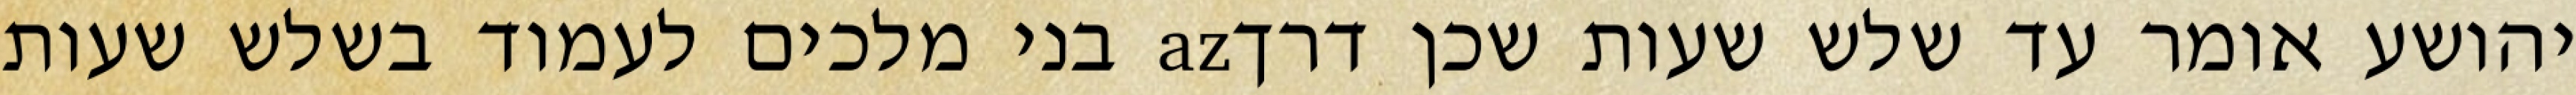
יהושע אומר עד שלש שעות שכן דרךaz בני מלכים לעמוד בשלש שעות